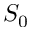
S _ { 0 }